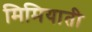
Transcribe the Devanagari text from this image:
मिमियाती